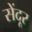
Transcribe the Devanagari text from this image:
सेंदूर